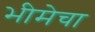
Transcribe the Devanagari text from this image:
भीमेचा